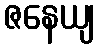
ဇနေယျ